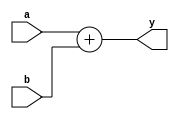
`timescale 1ns / 1ps
//////////////////////////////////////////////////////////////////////////////////
// Company: 
// Engineer: 
// 
// Design Name: 
// Module Name: adder
// Project Name: 
// Target Devices: 
// Tool Versions: 
// Description: 
// 
// Dependencies: 
// 
// Revision:
// Revision 0.01 - File Created
// Additional Comments:
// 
//////////////////////////////////////////////////////////////////////////////////


module adder #(parameter W = 16)(
    input [W-1:0] a,
    input [W-1:0] b,
    output [W-1:0] y);
    
    assign y = a + b;
endmodule